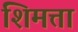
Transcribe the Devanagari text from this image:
शिमत्ता